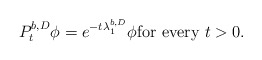
\begin{align*} P^{b, D}_t \phi =e^{-t \lambda^{b, D}_1 } \phi \hbox{for every } t>0. \end{align*}